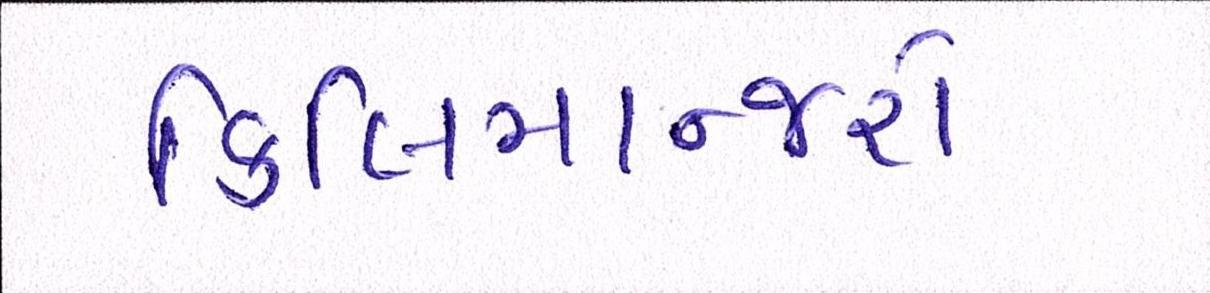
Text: કિલિમાન્જરો